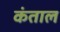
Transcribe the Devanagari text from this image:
कंताल